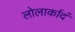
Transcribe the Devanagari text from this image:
लोलार्कादं